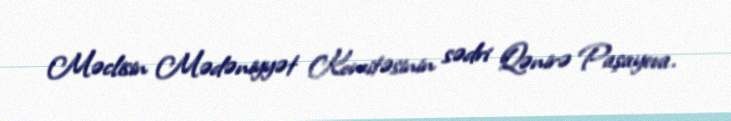
Məclisin Mədəniyyət Komitəsinin sədri Qənirə Paşayeva.